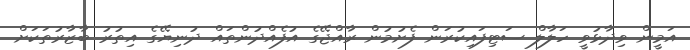
އަމީން ވިދާޅުވީ ހަލާލް ސަޓިފައިކުރަން ފެށުމުން ރާއްޖޭގެ އުފެއްދުންތައް ދުނިޔޭގެ އިތުރު ބާޒާރުތަކަށް